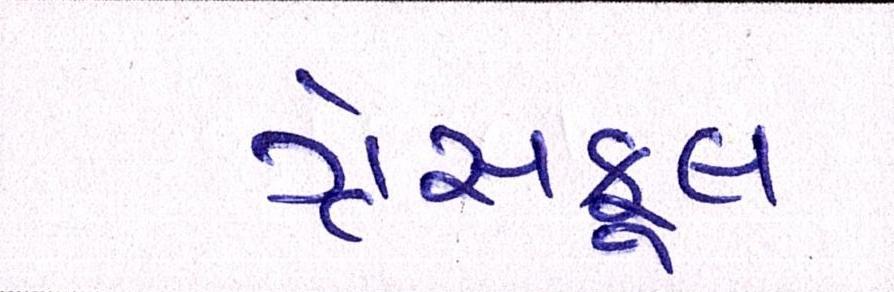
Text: ગ્રેસફૂલ